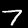
Digit: 7